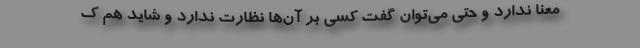
معنا ندارد و حتی می‌توان گفت کسی بر آن‌ها نظارت ندارد و شاید هم ک